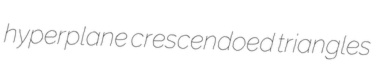
hyperplane crescendoed triangles